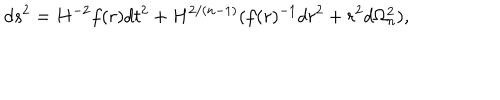
d s ^ { 2 } = H ^ { - 2 } f ( r ) d t ^ { 2 } + H ^ { 2 / ( n - 1 ) } ( f ( r ) ^ { - 1 } d r ^ { 2 } + r ^ { 2 } d \Omega _ { n } ^ { 2 } ) ,